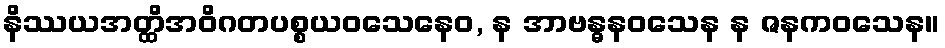
နိဿယအတ္ထိအဝိဂတပစ္စယဝသေနေဝ, န အာဗန္ဓနဝသေန န ဇနကဝသေန။